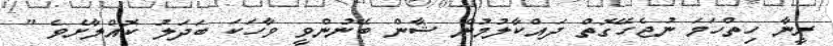
ރީނާ ހިތްހަމަ ނުޖެހޭގޮތް ދައްކާލުމުން ޝާން ބޭނުންވީ ވާހަކަ ބަދަލު ކޮއްލާށެވެ "